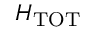
{ \cal H } _ { \mathrm { T O T } }